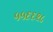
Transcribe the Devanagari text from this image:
५५६६२८